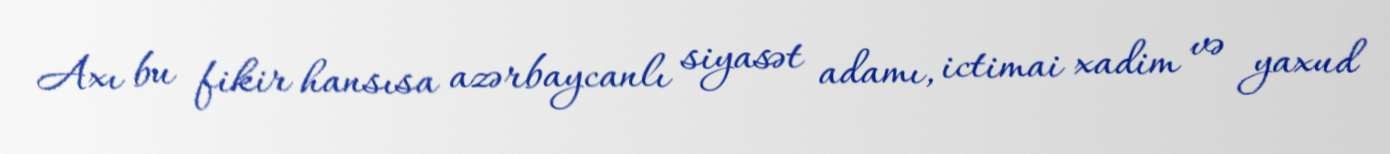
Axı bu fikir hansısa azərbaycanlı siyasət adamı, ictimai xadim və yaxud